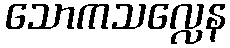
သောကသလ္လေန